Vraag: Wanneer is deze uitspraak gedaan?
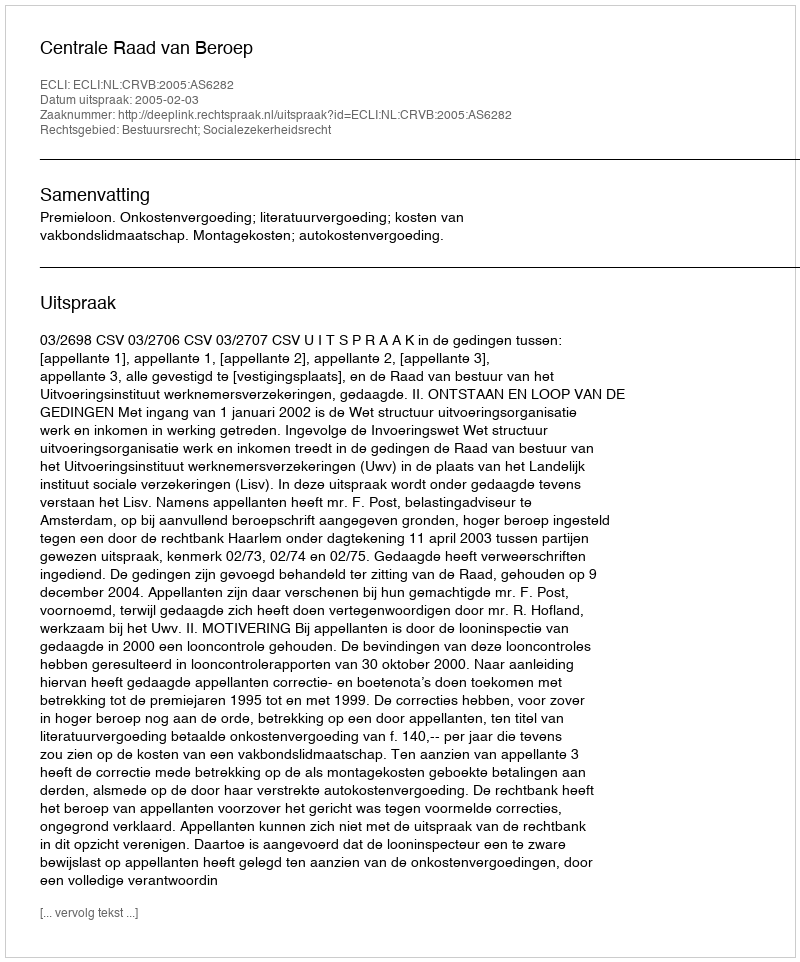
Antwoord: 2005-02-03